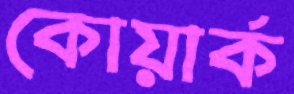
কোয়ার্ক